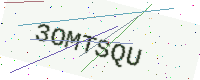
Text: 3OMTSQU